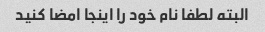
البته لطفا نام خود را اینجا امضا کنید